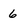
Character: 6